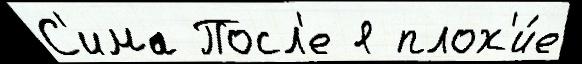
С'има Посл'е я плох'и́е